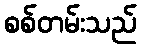
စစ်တမ်းသည်